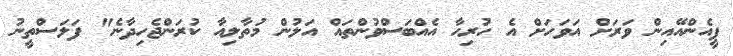
ޕީއެންއޭއިން ވަރަށް އަވަހަށް އެ ހުރިހާ އެއްބަސްވުންތައް އަލުން މުތާލިއާ ކުރަންޖެހިދާނެ" ފަލަސްތީނު